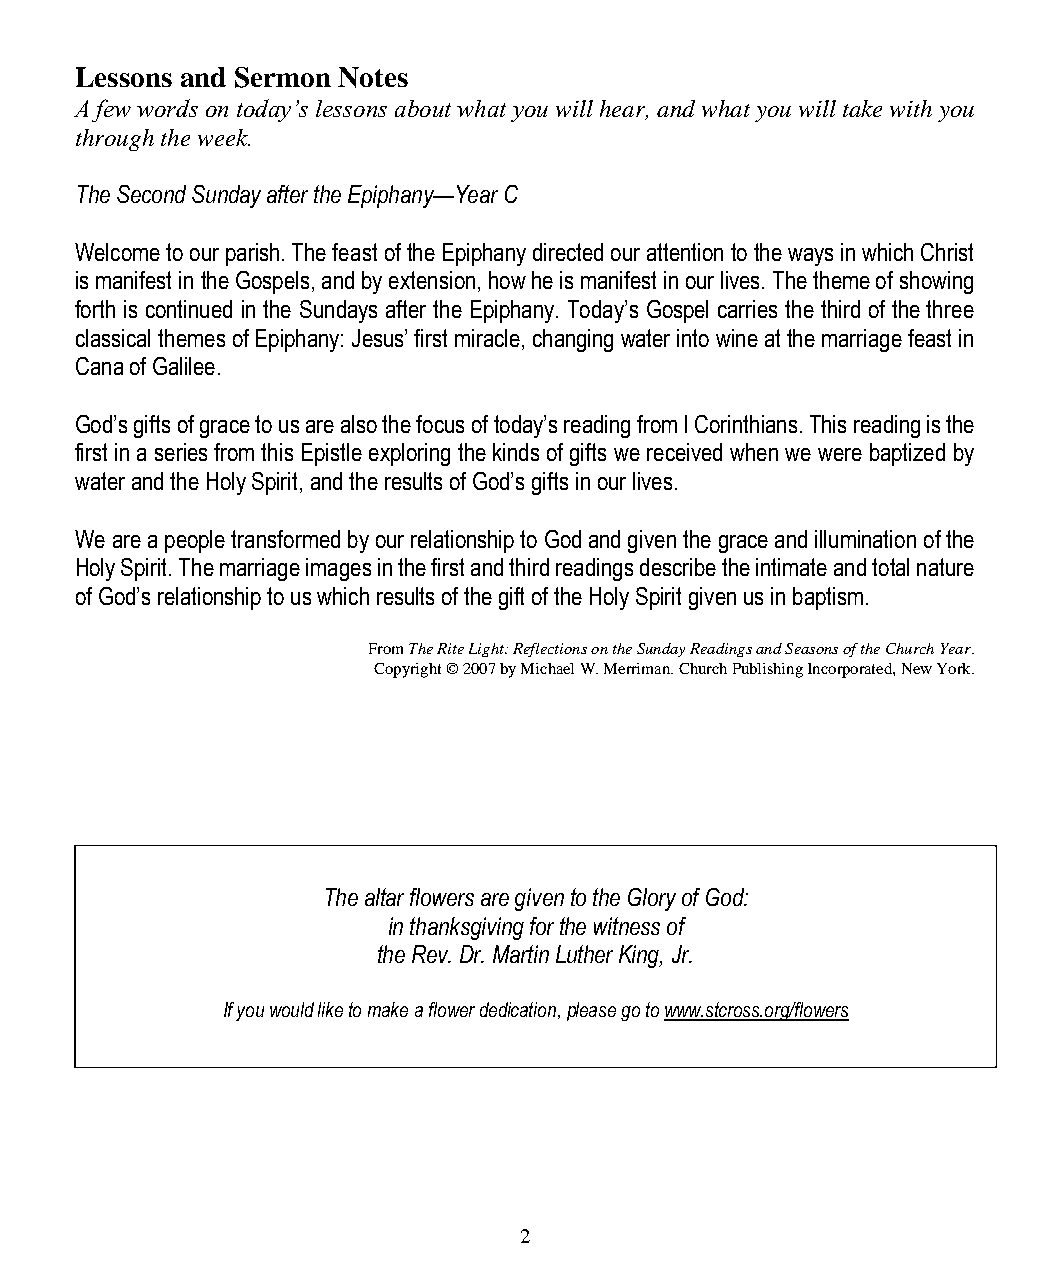
Lessons and Sermon Notes
 A few words on today’s lessons about what you will hear, and what you will take with you
 through the week.
 The Second Sunday after the Epiphany—Year C
 Welcome to our parish. The feast of the Epiphany directed our attention to the ways in which Christ
 is manifest in the Gospels, and by extension, how he is manifest in our lives. The theme of showing
 forth is continued in the Sundays after the Epiphany. Today’s Gospel carries the third of the three
 classical themes of Epiphany: Jesus’ first miracle, changing water into wine at the marriage feast in
 Cana of Galilee.
 God’s gifts of grace to us are also the focus of today’s reading from I Corinthians. This reading is the
 first in a series from this Epistle exploring the kinds of gifts we received when we were baptized by
 water and the Holy Spirit, and the results of God’s gifts in our lives.
 We are a people transformed by our relationship to God and given the grace and illumination of the
 Holy Spirit. The marriage images in the first and third readings describe the intimate and total nature
 of God’s relationship to us which results of the gift of the Holy Spirit given us in baptism.
 From The Rite Light: Reflections on the Sunday Readings and Seasons of the Church Year.
 Copyright © 2007 by Michael W. Merriman. Church Publishing Incorporated, New York.
 The altar flowers are given to the Glory of God:
 in thanksgiving for the witness of
 the Rev. Dr. Martin Luther King, Jr.
 If you would like to make a flower dedication, please go to www.stcross.org/flowers
 2